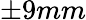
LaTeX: \pm 9mm